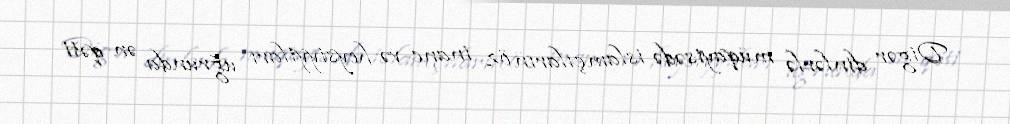
Digər dinlərlə müqayisədə islamçıların öz inanc və heysiyytları uğrunda ən qəti